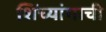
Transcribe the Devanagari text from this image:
शिंच्यांगाची